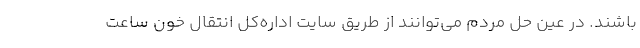
باشند. در عین حل مردم می‌توانند از طریق سایت اداره‌کل انتقال خون ساعت